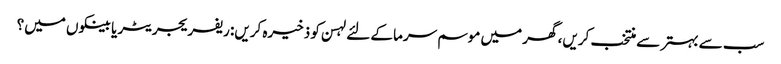
سب سے بہتر سے منتخب کریں، گھر میں موسم سرما کے لئے لہسن کو ذخیرہ کریں: ریفریجریٹر یا بینکوں میں؟